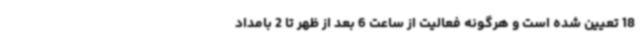
18 تعیین شده است و هرگونه فعالیت از ساعت 6 بعد از ظهر تا 2 بامداد